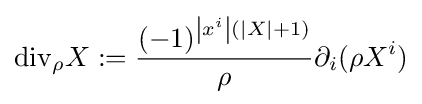
{\rm {div}}_{\rho }X:={\frac {(-1)^{\left|x^{i}\right|(|X|+1)}}{\rho }}\partial _{i}(\rho X^{i})